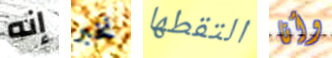
إنه نخبر التقطها وأنا